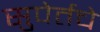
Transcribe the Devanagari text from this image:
सुपेर्तचे